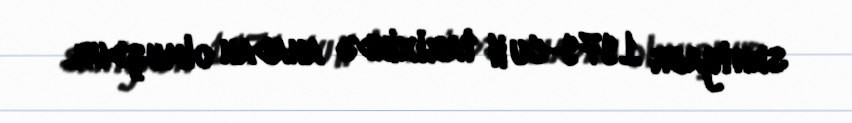
sentyabr 1979-cu il tarixində anadan olmuşdur.